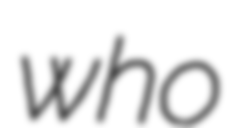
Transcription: who